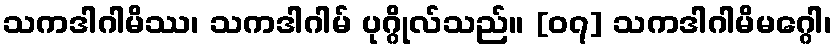
သကဒါဂါမိဿ၊ သကဒါဂါမ် ပုဂ္ဂိုလ်သည်။ [၀၇] သကဒါဂါမိမဂ္ဂေါ၊